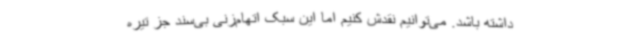
داشته باشد. می‌توانیم نقدش کنیم اما این سبک اتهام‌زنی بی‌سند جز تیره